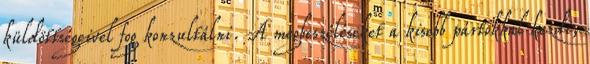
küldöttségeivel fog konzultálni. A megbeszéléseket a kisebb pártokkal kezdi,